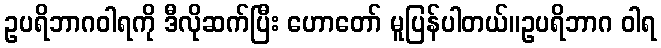
ဥပရိဘာဂဝါရကို ဒီလိုဆက်ပြီး ဟောတော် မူပြန်ပါတယ်။ဥပရိဘာဂ ဝါရ